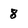
Character: 8